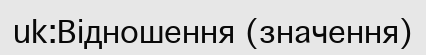
uk:Відношення (значення)